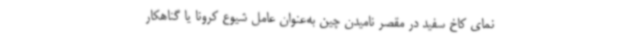
نمای کاخ سفید در مقصر نامیدن چین به‌عنوان عامل شیوع کرونا یا گناهکار